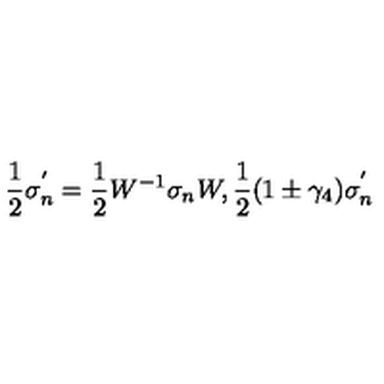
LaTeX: \frac { 1 } { 2 } \sigma _ { n } ^ { ' } = \frac { 1 } { 2 } W ^ { - 1 } \sigma _ { n } W , \frac { 1 } { 2 } ( 1 \pm \gamma _ { 4 } ) \sigma _ { n } ^ { ' }